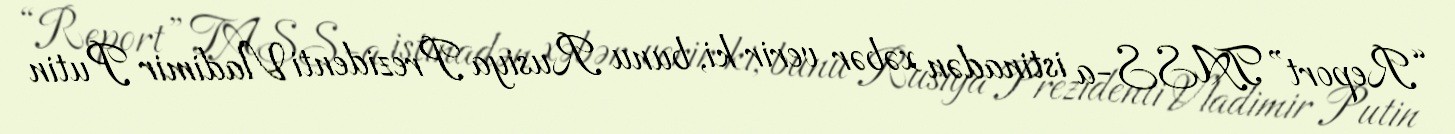
“Report” TASS-a istinadən xəbər verir ki, bunu Rusiya Prezidenti Vladimir Putin